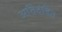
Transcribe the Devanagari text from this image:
अतिदंडित